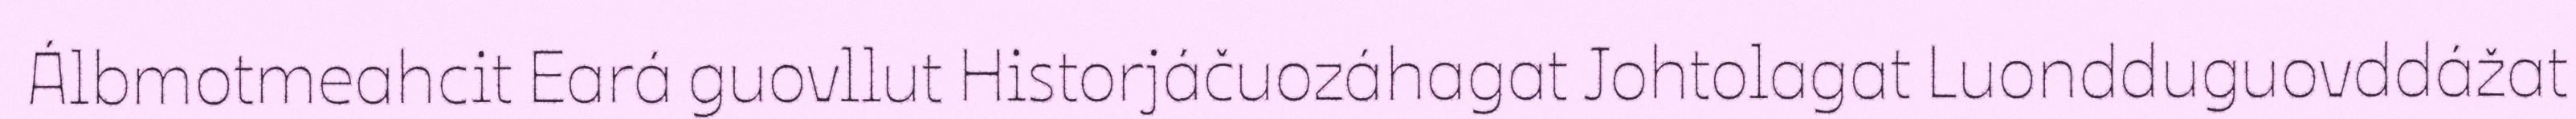
Álbmotmeahcit Eará guovllut Historjáčuozáhagat Johtolagat Luondduguovddážat